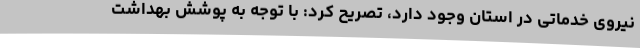
نیروی خدماتی در استان وجود دارد، تصریح کرد: با توجه به پوشش بهداشت